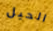
الحيل